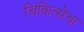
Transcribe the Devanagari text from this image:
चिकित्सेचा